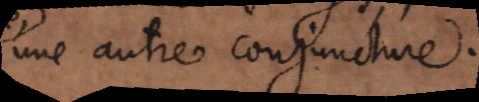
une autre conjuncture.